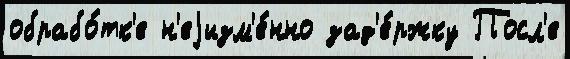
обрабо́тк'е н'еjизм'е́нно зад'е́ржку Посл'е